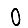
Digit: 0